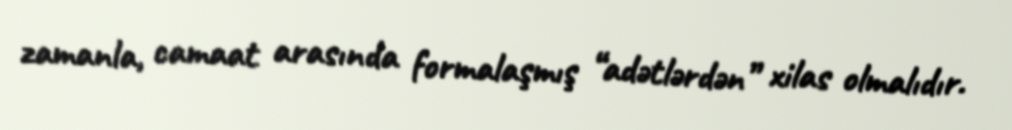
zamanla, camaat arasında formalaşmış “adətlərdən” xilas olmalıdır.